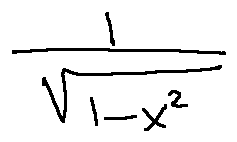
\frac { 1 } { \sqrt { 1 - x ^ { 2 } } }